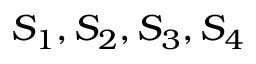
S _ { 1 } , S _ { 2 } , S _ { 3 } , S _ { 4 }